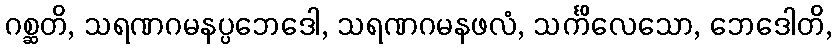
ဂစ္ဆတိ, သရဏဂမနပ္ပဘေဒေါ, သရဏဂမနဖလံ, သင်္ကိလေသော, ဘေဒေါတိ,